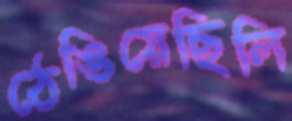
ঠেঙিয়েছিলি